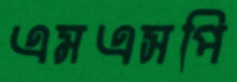
এমএসপি